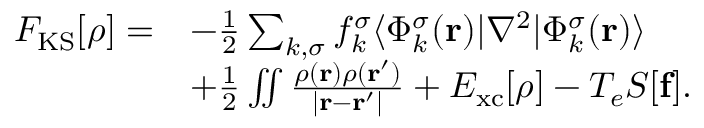
\begin{array} { r l } { F _ { \mathrm { K S } } [ { \boldsymbol \rho } ] = } & { - \frac { 1 } { 2 } \sum _ { k , \sigma } f _ { k } ^ { \sigma } \langle \Phi _ { k } ^ { \sigma } ( { \bf r } ) \vert \nabla ^ { 2 } \vert \Phi _ { k } ^ { \sigma } ( { \bf r } ) \rangle } \\ & { + \frac { 1 } { 2 } \iint \frac { { \rho } ( { \bf r } ) { \rho } ( { \bf r ^ { \prime } } ) } { \vert { \bf r - r ^ { \prime } } \vert } + E _ { \mathrm { x c } } [ { \boldsymbol \rho } ] - T _ { e } { \cal S } [ { \bf f } ] . } \end{array}